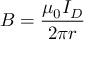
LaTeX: B = { \frac { \mu _ { 0 } I _ { D } } { 2 \pi r } }